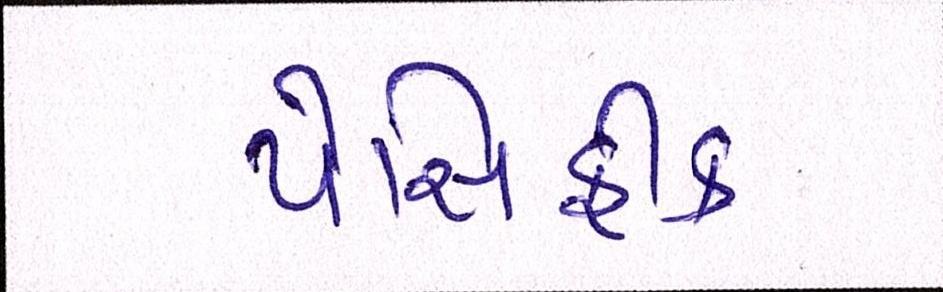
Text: પેસિફીક